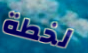
لخطة